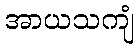
အာယသကျံ